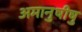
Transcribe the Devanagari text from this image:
अमानुषीषु